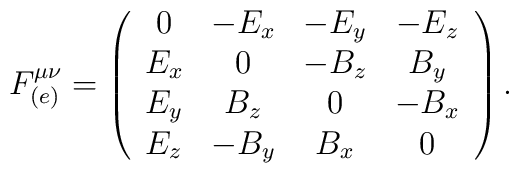
F_{(e)}^{\mu \nu } = \left(\begin{array}{cccc}0   & -E_x & -E_y & -E_z \\E_x &  0   & -B_z &  B_y \\E_y &  B_z &   0  & -B_x \\E_z & -B_y &  B_x &  0\end{array}\right).